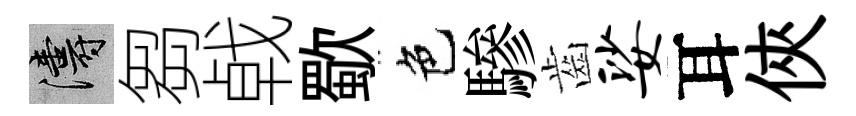
濤芻㦸歜色驂齒娑耳俠